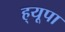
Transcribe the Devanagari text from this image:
ह्‌यूपा